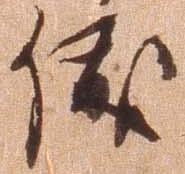
俊